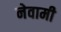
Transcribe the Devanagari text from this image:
नेवामी